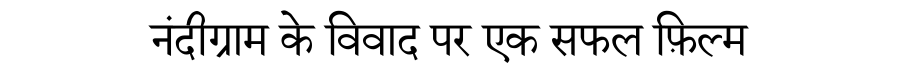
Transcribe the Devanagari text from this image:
नंदीग्राम के विवाद पर एक सफल फ़िल्म